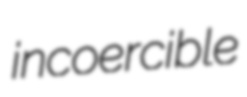
incoercible